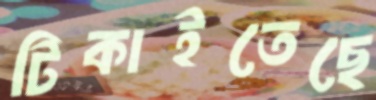
টিকাইতেছে